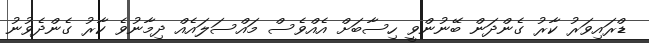
ޑްރައިވަރު ކާރު ގެންދަން ބޭނުންވީ ހިސާބަށް އެއްވެސް މައްސަލައެއް ދިމާނުވެ ކާރު ގެންދެވުނު